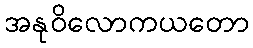
အနုဝိလောကယတော